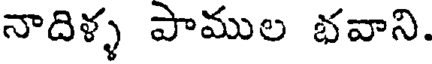
నాదిళ్ళ పాముల భవాని.